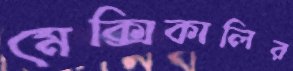
মেক্সিকালির